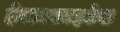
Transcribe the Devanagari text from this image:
हेराक्लाइटेस